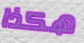
هكذا